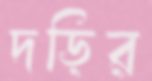
দড়ির